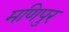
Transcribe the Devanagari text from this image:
मणिपुर